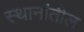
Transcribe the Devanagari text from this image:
स्थानांतील